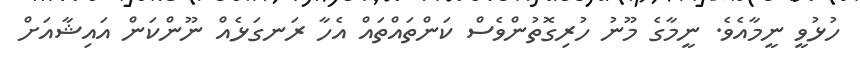
ހުޅުވީ ނީމާއެވެ. ނީމާގެ މޫނު ހުރިގޮތުންވެސް ކަންތައްތައް އެހާ ރަނގަޅެއް ނޫންކަން އައިޝާއަށް